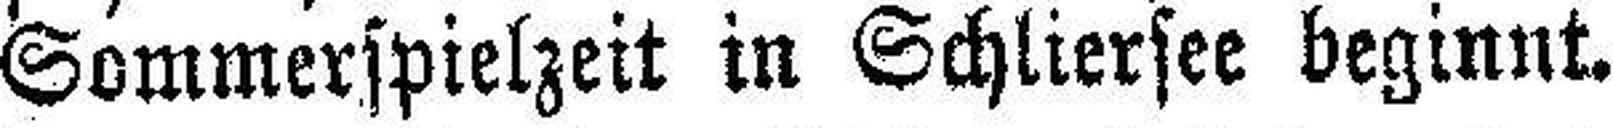
Sommerspielzeit in Schliersee beginnt.